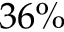
3 6 \%